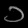
Digit: ၁